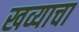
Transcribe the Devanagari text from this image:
खव्याचा